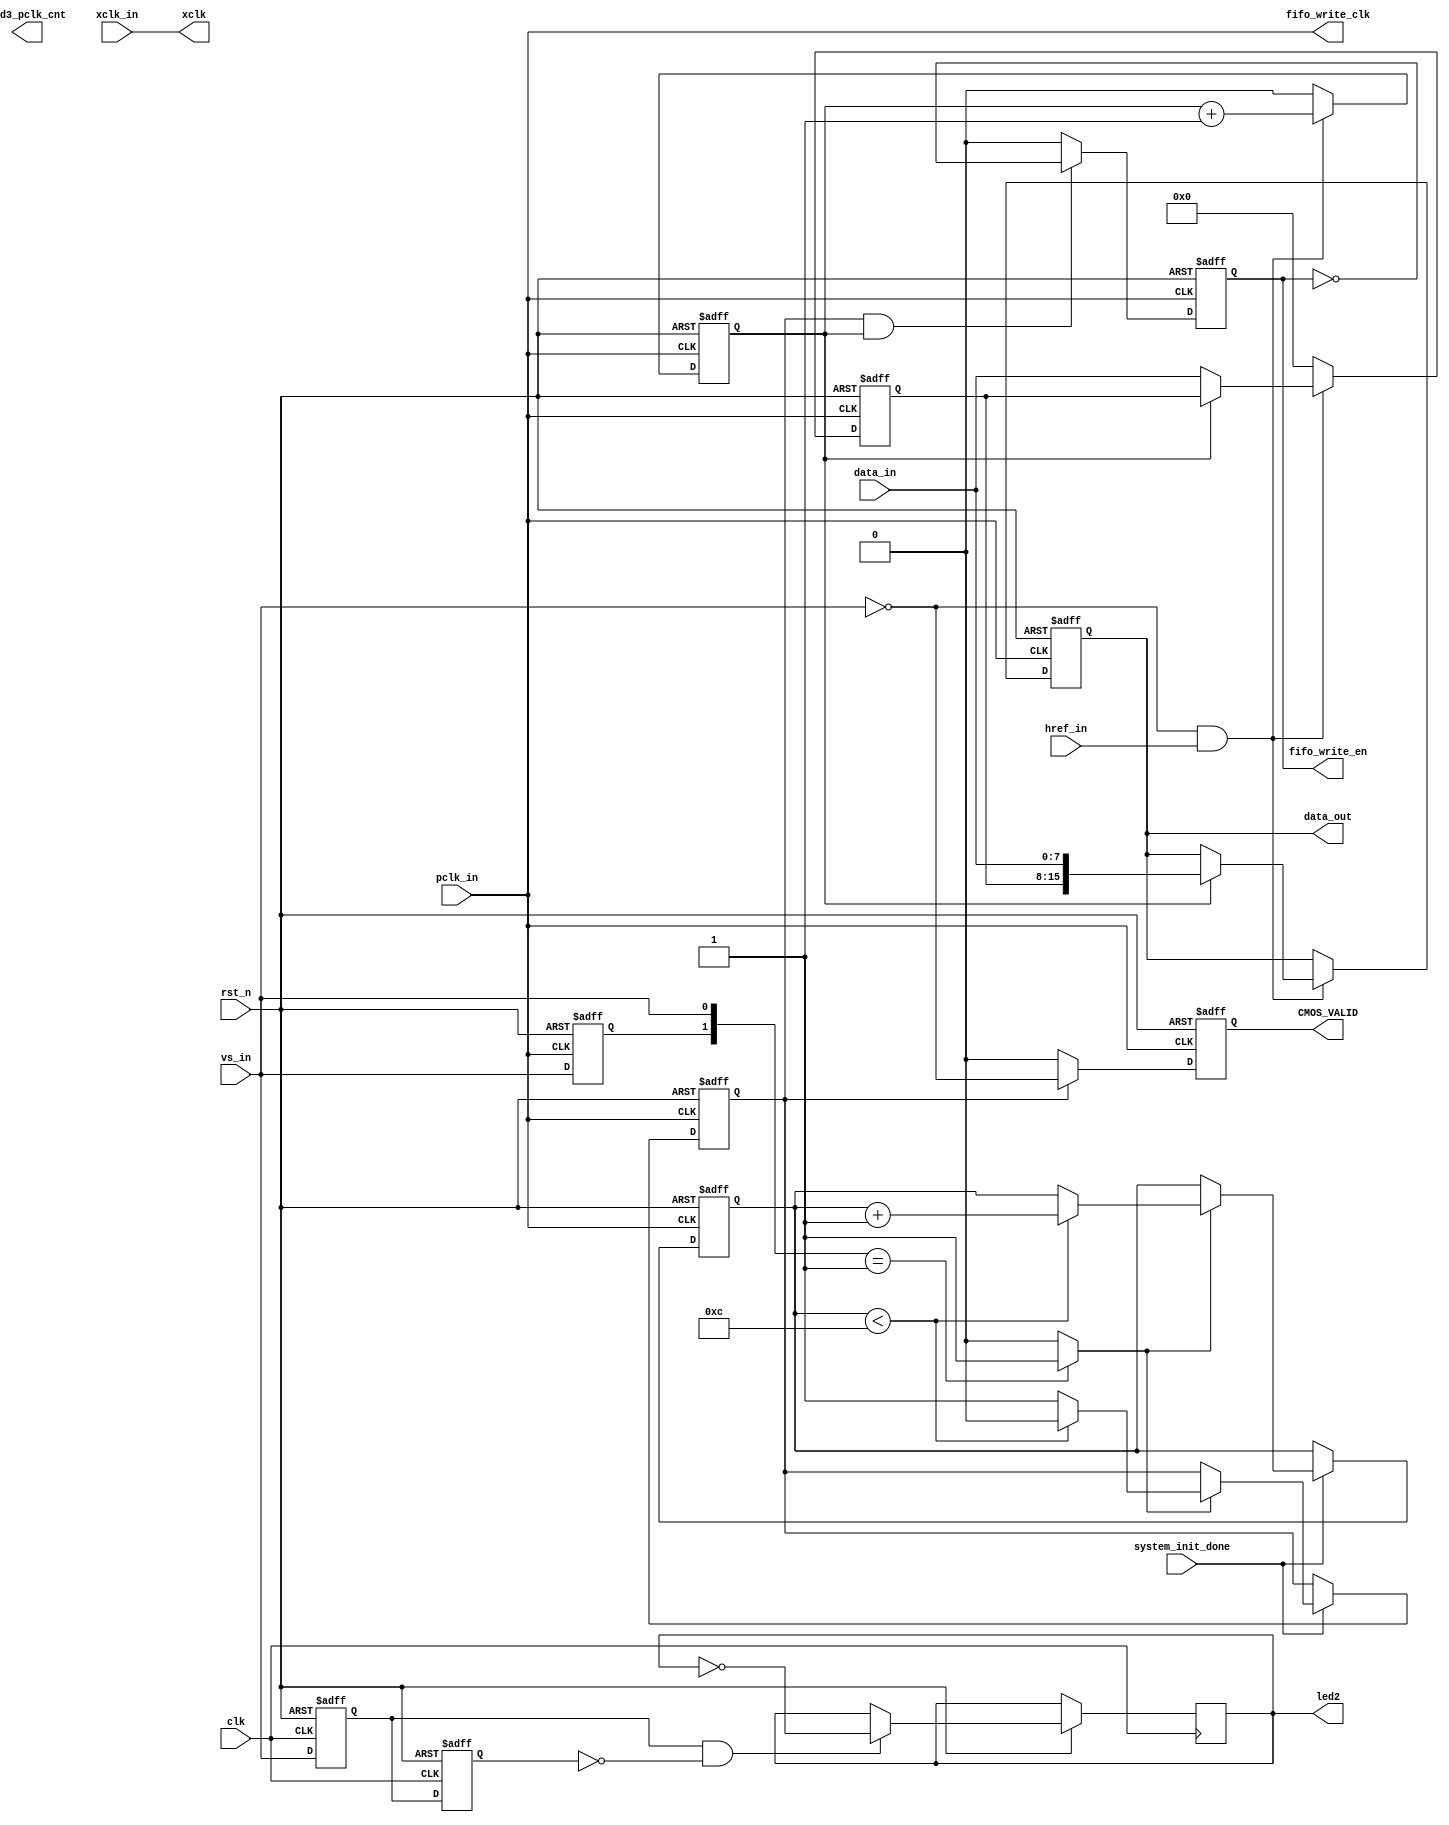
module CMOS_get_data
(
	input clk,
	input rst_n,
	
	input	vs_in,
	input	href_in,
	input	pclk_in,
	input	[7:0]data_in/*synthesis noprune*/,
	
	input	system_init_done,
	input	xclk_in,
	
	output	reg led2,
	output	led3_pclk_cnt,
	output	fifo_write_clk,
	output	reg fifo_write_en,
	output	reg [15:0]data_out,
	
	output	reg CMOS_VALID,
	output	xclk
);
assign	xclk = xclk_in;
assign	fifo_write_clk = pclk_in;
/*****************************************************************************************
******************************************************************************************/
//
//reg [31:0]counter;
//always @(posedge href_in or negedge	vs_in)begin
//	if(!vs_in)
//		counter <= 0;
//	else
//		counter <= counter + 1;
//end
////always @(posedge pclk_in)begin
////	if(href_in)
////		counter <= counter + 1;
////	else
////		counter <= 0;
////end
//
//assign led3_pclk_cnt = (counter>610)?1'b1:1'b0;
//
reg buff000,buff111;
always @(posedge clk or negedge rst_n)
	if(!rst_n)begin
		buff000 <= 0;
		buff111 <= 0;
		end
	else
		begin
			buff000 <= vs_in;
			buff111 <= buff000;
			if(buff000&~buff111)//posedge   of init_ov
				led2 <= ~led2;//next clk will set send_buff to 1
//			else
//				led2 <= 1'b0;
		end
		
/*****************************************************************************************
******************************************************************************************/
reg	[3:0] 	Frame_Cont;
reg 		Frame_valid;
always@(posedge pclk_in or negedge rst_n)
begin
	if(!rst_n)
		begin
		Frame_Cont <= 0;
		Frame_valid <= 0;
		end
	else if(system_init_done)					//CMOS I2C初始化完毕
		begin
		if(CMOS_VSYNC_over == 1'b1)		//VS上升沿，1帧写入完毕
			begin
			if(Frame_Cont < 12)
				begin
				Frame_Cont	<=	Frame_Cont + 1'b1;
				Frame_valid <= 1'b0;
				end
			else
				begin
				Frame_Cont	<=	Frame_Cont;
				Frame_valid <= 1'b1;		//数据输出有效
				end
			end
		end
end
//----------------------------------------------
reg		mCMOS_VSYNC;
always@(posedge pclk_in or negedge rst_n)
begin
	if(!rst_n)
		mCMOS_VSYNC <= 1;
	else
		mCMOS_VSYNC <= vs_in;		//场同步：低电平有效
end
wire	CMOS_VSYNC_over = ({mCMOS_VSYNC,vs_in} == 2'b01) ? 1'b1 : 1'b0;	//VSYNC上升沿结束

/*****************************************************************************************
******************************************************************************************/
//Change the sensor data from 8 bits to 16 bits.
reg			byte_state;		//byte state count
reg [7:0]  	Pre_CMOS_iDATA;
always@(posedge pclk_in or negedge rst_n)
begin
	if(!rst_n)
		begin
		byte_state <= 0;
		Pre_CMOS_iDATA <= 8'd0;
		data_out <= 16'd0;
		end
	else
		begin
		if(~vs_in & href_in)			//行场有效，{first_byte, second_byte} 
			begin
			byte_state <= byte_state + 1'b1;	//（RGB565 = {first_byte, second_byte}）
			case(byte_state)
			1'b0 :	Pre_CMOS_iDATA[7:0] <= data_in;
			1'b1 : 	data_out[15:0] <= {Pre_CMOS_iDATA[7:0], data_in[7:0]};
			endcase
			end
		else
			begin
			byte_state <= 0;
			Pre_CMOS_iDATA <= 8'd0;
			data_out <= data_out;
			end
		end
end
//-----------------------------------------------------
//CMOS_DATA数据同步输出使能时钟
always@(posedge pclk_in or negedge rst_n)
begin
	if(!rst_n)
		fifo_write_en <= 0;
	else if(Frame_valid == 1'b1 && byte_state)//(X_Cont >= 12'd1 && X_Cont <= H_DISP))
		fifo_write_en <= ~fifo_write_en;
	else
		fifo_write_en <= 0;
end

//----------------------------------------------------
//数据输出有效CMOS_VALID
always@(posedge pclk_in or negedge rst_n)
begin
	if(!rst_n)
		CMOS_VALID <= 0;
	else if(Frame_valid == 1'b1)
		CMOS_VALID <= ~vs_in;
	else
		CMOS_VALID <= 0;
end
//----------------------------------------------------

endmodule